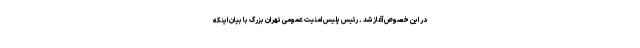
در این خصوص آغاز شد . رئیس پلیس امنیت عمومی تهران بزرگ با بیان اینکه